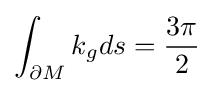
\int _{\partial M}k_{g}ds={\frac {3\pi }{2}}